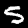
Digit: 5